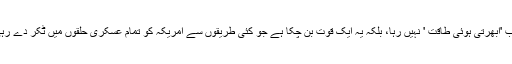
چین اب 'ابھرتی ہوئی طاقت ' نہیں رہا، بلکہ یہ ایک قوت بن چکا ہے جو کئی طریقوں سے امریکہ کو تمام عسکری حلقوں میں ٹکر دے رہی ہے۔